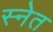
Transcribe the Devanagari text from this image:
स्नेत